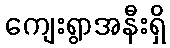
ကျေးရွာအနီးရှိ